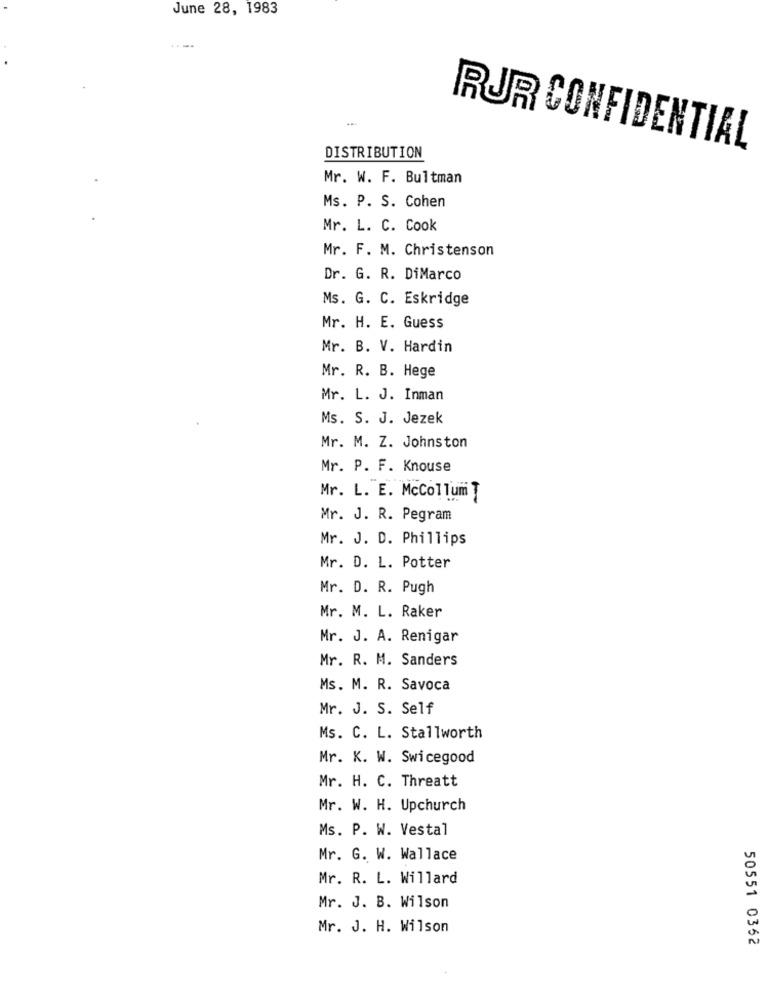
June 28, 1983
RUR CONFIDENTIAL
DISTRIBUTION
Mr. W. F. Bultman
Ms. P. S. Cohen
Mr. L. C. Cook
Mr. F. M. Christenson
Dr. G. R. DiMarco
Ms. G. C. Eskridge
Mr. H. E. Guess
Mr. B. V. Hardin
Mr. R. B. Hege
Mr. L. J. Inman
Ms. S. J. Jezek
Mr. M. Z. Johnston
Mr. P. F. Knouse
Mr. L. E. McCollum T
Mr. J. R. Pegram
Mr. J. D. Phillips
Mr. D. L. Potter
Mr. D. R. Pugh
Mr. M. L. Raker
Mr. J. A. Renigar
Mr. R. M. Sanders
Ms. M. R. Savoca
Mr. J. S. Self
Ms. C. L. Stallworth
Mr. K. W. Swicegood
Mr. H. C. Threatt
Mr. W. H. Upchurch
Ms. P. W. Vestal
Mr. G. W. Wallace
Mr. R. L. Willard
Mr. J. B. Wilson
Mr. J. H. Wilson
50551 0362